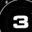
Digit: 3